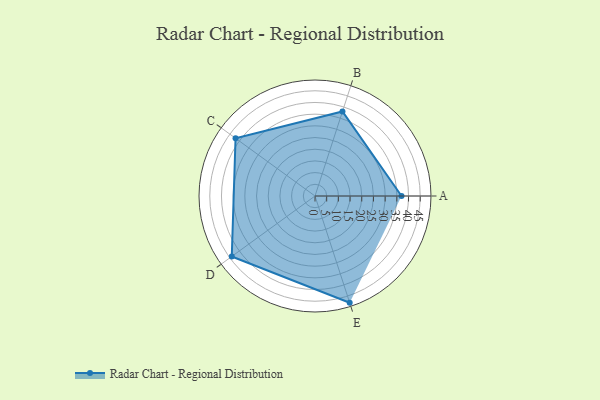
{"axis": {"x": "Skill", "y": "Score"}, "legend": ["Profile"], "data": [{"x": "A", "y": 37.0, "type": "Profile"}, {"x": "B", "y": 38.0, "type": "Profile"}, {"x": "C", "y": 42.0, "type": "Profile"}, {"x": "D", "y": 44.0, "type": "Profile"}, {"x": "E", "y": 48.0, "type": "Profile"}]}